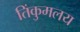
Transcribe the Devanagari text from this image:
तिंकुमलय